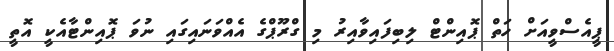
ޕީއެސްވީއަށް ހަތް ޕޮއިންޓް ލިބިފައިވާއިރު މި ގްރޫޕްގެ އެއްވަނައިގައި ނުވަ ޕޮއިންޓާއެކީ އޮތީ